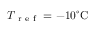
T _ { \mathrm { ~ r ~ e ~ f ~ } } = - 1 0 ^ { \circ } \mathrm { C }